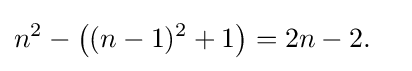
n^{2}-\left((n-1)^{2}+1\right)=2n-2.\quad